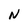
Character: N